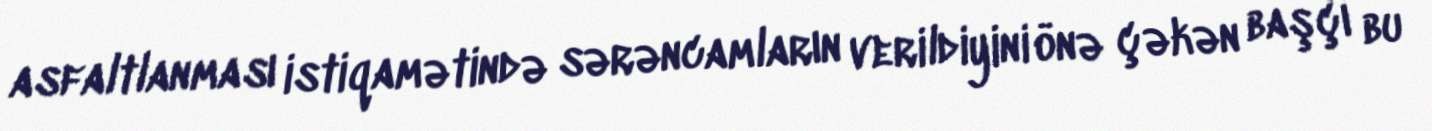
asfaltlanması istiqamətində sərəncamların verildiyini önə çəkən başçı bu